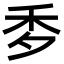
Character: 𥝘